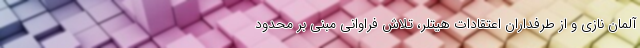
آلمان نازی و از طرفداران اعتقادات هیتلر، تلاش فراوانی مبنی بر محدود